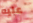
عليه